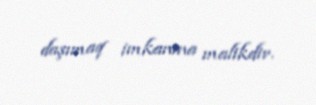
daşımaq imkanına malikdir.